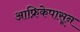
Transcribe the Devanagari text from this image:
आफ्रिकेपासून